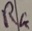
Text: R4